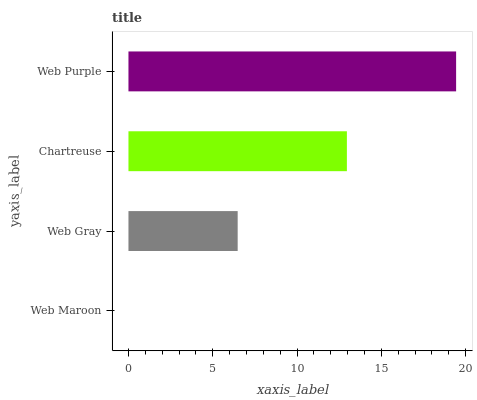
| yaxis_label | bars |
 | --- | --- |
 | Web Maroon | 0 |
 | Web Gray | 6.48 |
 | Chartreuse | 13 |
 | Web Purple | 19.4 |